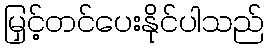
မြှင့်တင်ပေးနိုင်ပါသည်